Vaccine operations Central Provinces & Berar 1912-1920 - 1912-1920
Year: 1912
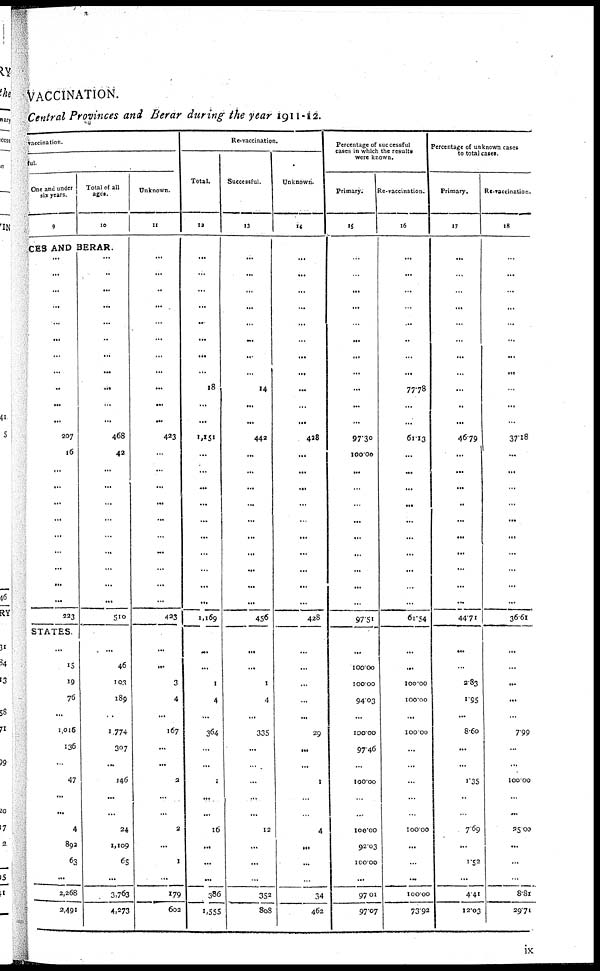
VACCINATION.
Central Provinces and Berar during the year 1911-12.
vaccination.
ful.
One and under
six years.
9
Total of all
ages.
10
CES AND BERAR.
...
...
...
...
...
...
...
...
...
...
...
207
16
...
...
...
...
...
...
...
...
...
223
STATES.
...
15
19
76
...
1,016
136
...
47
...
...
4
892
63
...
2,268
2,491
...
...
...
...
...
...
...
...
...
...
...
468
42
...
...
...
...
...
...
...
...
...
510
...
46
103
189
...
1,774
307
...
146
...
...
24
1,109
65
...
3,763
4,273
Unknown.
11
...
...
..
...
...
...
...
...
...
...
...
423
...
...
...
...
...
...
...
...
...
...
423
...
...
3
4
...
167
...
...
2
...
...
2
...
1
...
179
602
Re-vaccination.
Total.
12
...
...
...
...
...
...
...
...
18
...
...
1,151
...
...
...
...
...
...
...
...
...
...
1,169
...
...
1
4
...
364
...
...
1
...
...
16
...
...
...
386
1,555
Successful.
13
...
...
...
...
...
...
...
...
14
...
...
442
...
...
...
...
...
...
...
...
...
...
456
...
...
1
4
...
335
...
...
...
...
...
12
...
...
...
352
808
Unknown.
14
...
...
...
...
...
...
...
...
...
...
...
428
...
...
...
...
...
...
...
...
...
...
428
...
...
...
...
...
29
...
...
1
...
...
4
...
...
...
34
462
Percentage of successful
cases in which the results
were known.
Primary.
15
...
...
...
...
...
...
...
...
...
...
...
97.30
100.00
...
...
...
...
...
...
...
...
...
97.51
...
100.00
100.00
94.03
...
100.00
97.46
...
100.00
...
...
100.00
92.03
100.00
...
97.01
97.07
Re-vaccination.
16
...
...
...
...
...
...
...
...
77.78
...
...
61.13
...
...
...
...
...
...
...
...
...
...
61.54
...
...
100.00
100.00
...
100.00
...
...
...
...
...
100.00
...
...
...
100.00
73.92
Percentage of unknown cases
to total cases.
Primary.
17
...
...
...
...
...
...
...
...
...
...
...
46.79
...
...
...
...
...
...
...
...
...
...
44.71
...
...
2.83
1.95
...
8.60
...
...
1.35
...
...
7.69
...
1.52
...
4.41
12.03
Re-vaccination.
18
...
...
...
...
...
...
...
...
...
...
...
37.18
...
...
...
...
...
...
...
...
...
...
36.61
...
...
...
...
...
7.99
...
...
100.00
...
...
25.00
...
...
...
8.81
29.71
ix